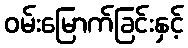
ဝမ်းမြောက်ခြင်းနှင့်